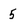
Character: 5